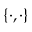
\{ \cdot , \cdot \}